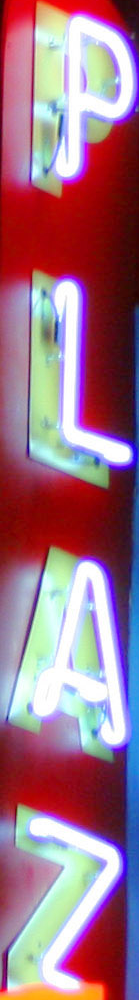
PLAZ